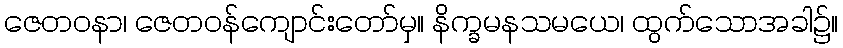
ဇေတဝနာ၊ ဇေတဝန်ကျောင်းတော်မှ။ နိက္ခမနသမယေ၊ ထွက်သောအခါ၌။